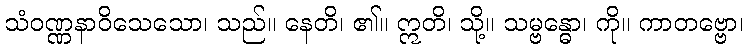
သံဝဏ္ဏနာဝိသေသော၊ သည်။ နေတိ၊ ၏။ ဣတိ၊ သို့။ သမ္ဗန္ဓော၊ ကို။ ကာတဗ္ဗော၊